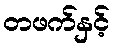
တဖက်နှင့်